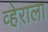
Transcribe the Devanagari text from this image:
व्हेराला